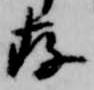
存